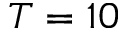
T = 1 0